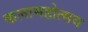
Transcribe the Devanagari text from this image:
कलामहोत्सव